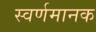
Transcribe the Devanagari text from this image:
स्वर्णमानक